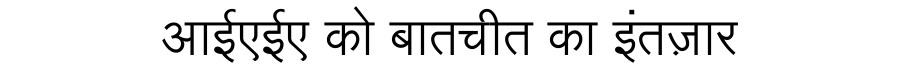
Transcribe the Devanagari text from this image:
आईएईए को बातचीत का इंतज़ार